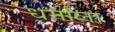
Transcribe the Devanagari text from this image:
धर्मांला